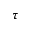
\tau